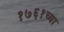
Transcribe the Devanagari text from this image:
१७६१च्या